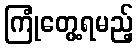
ကြုံတွေ့ရမည့်